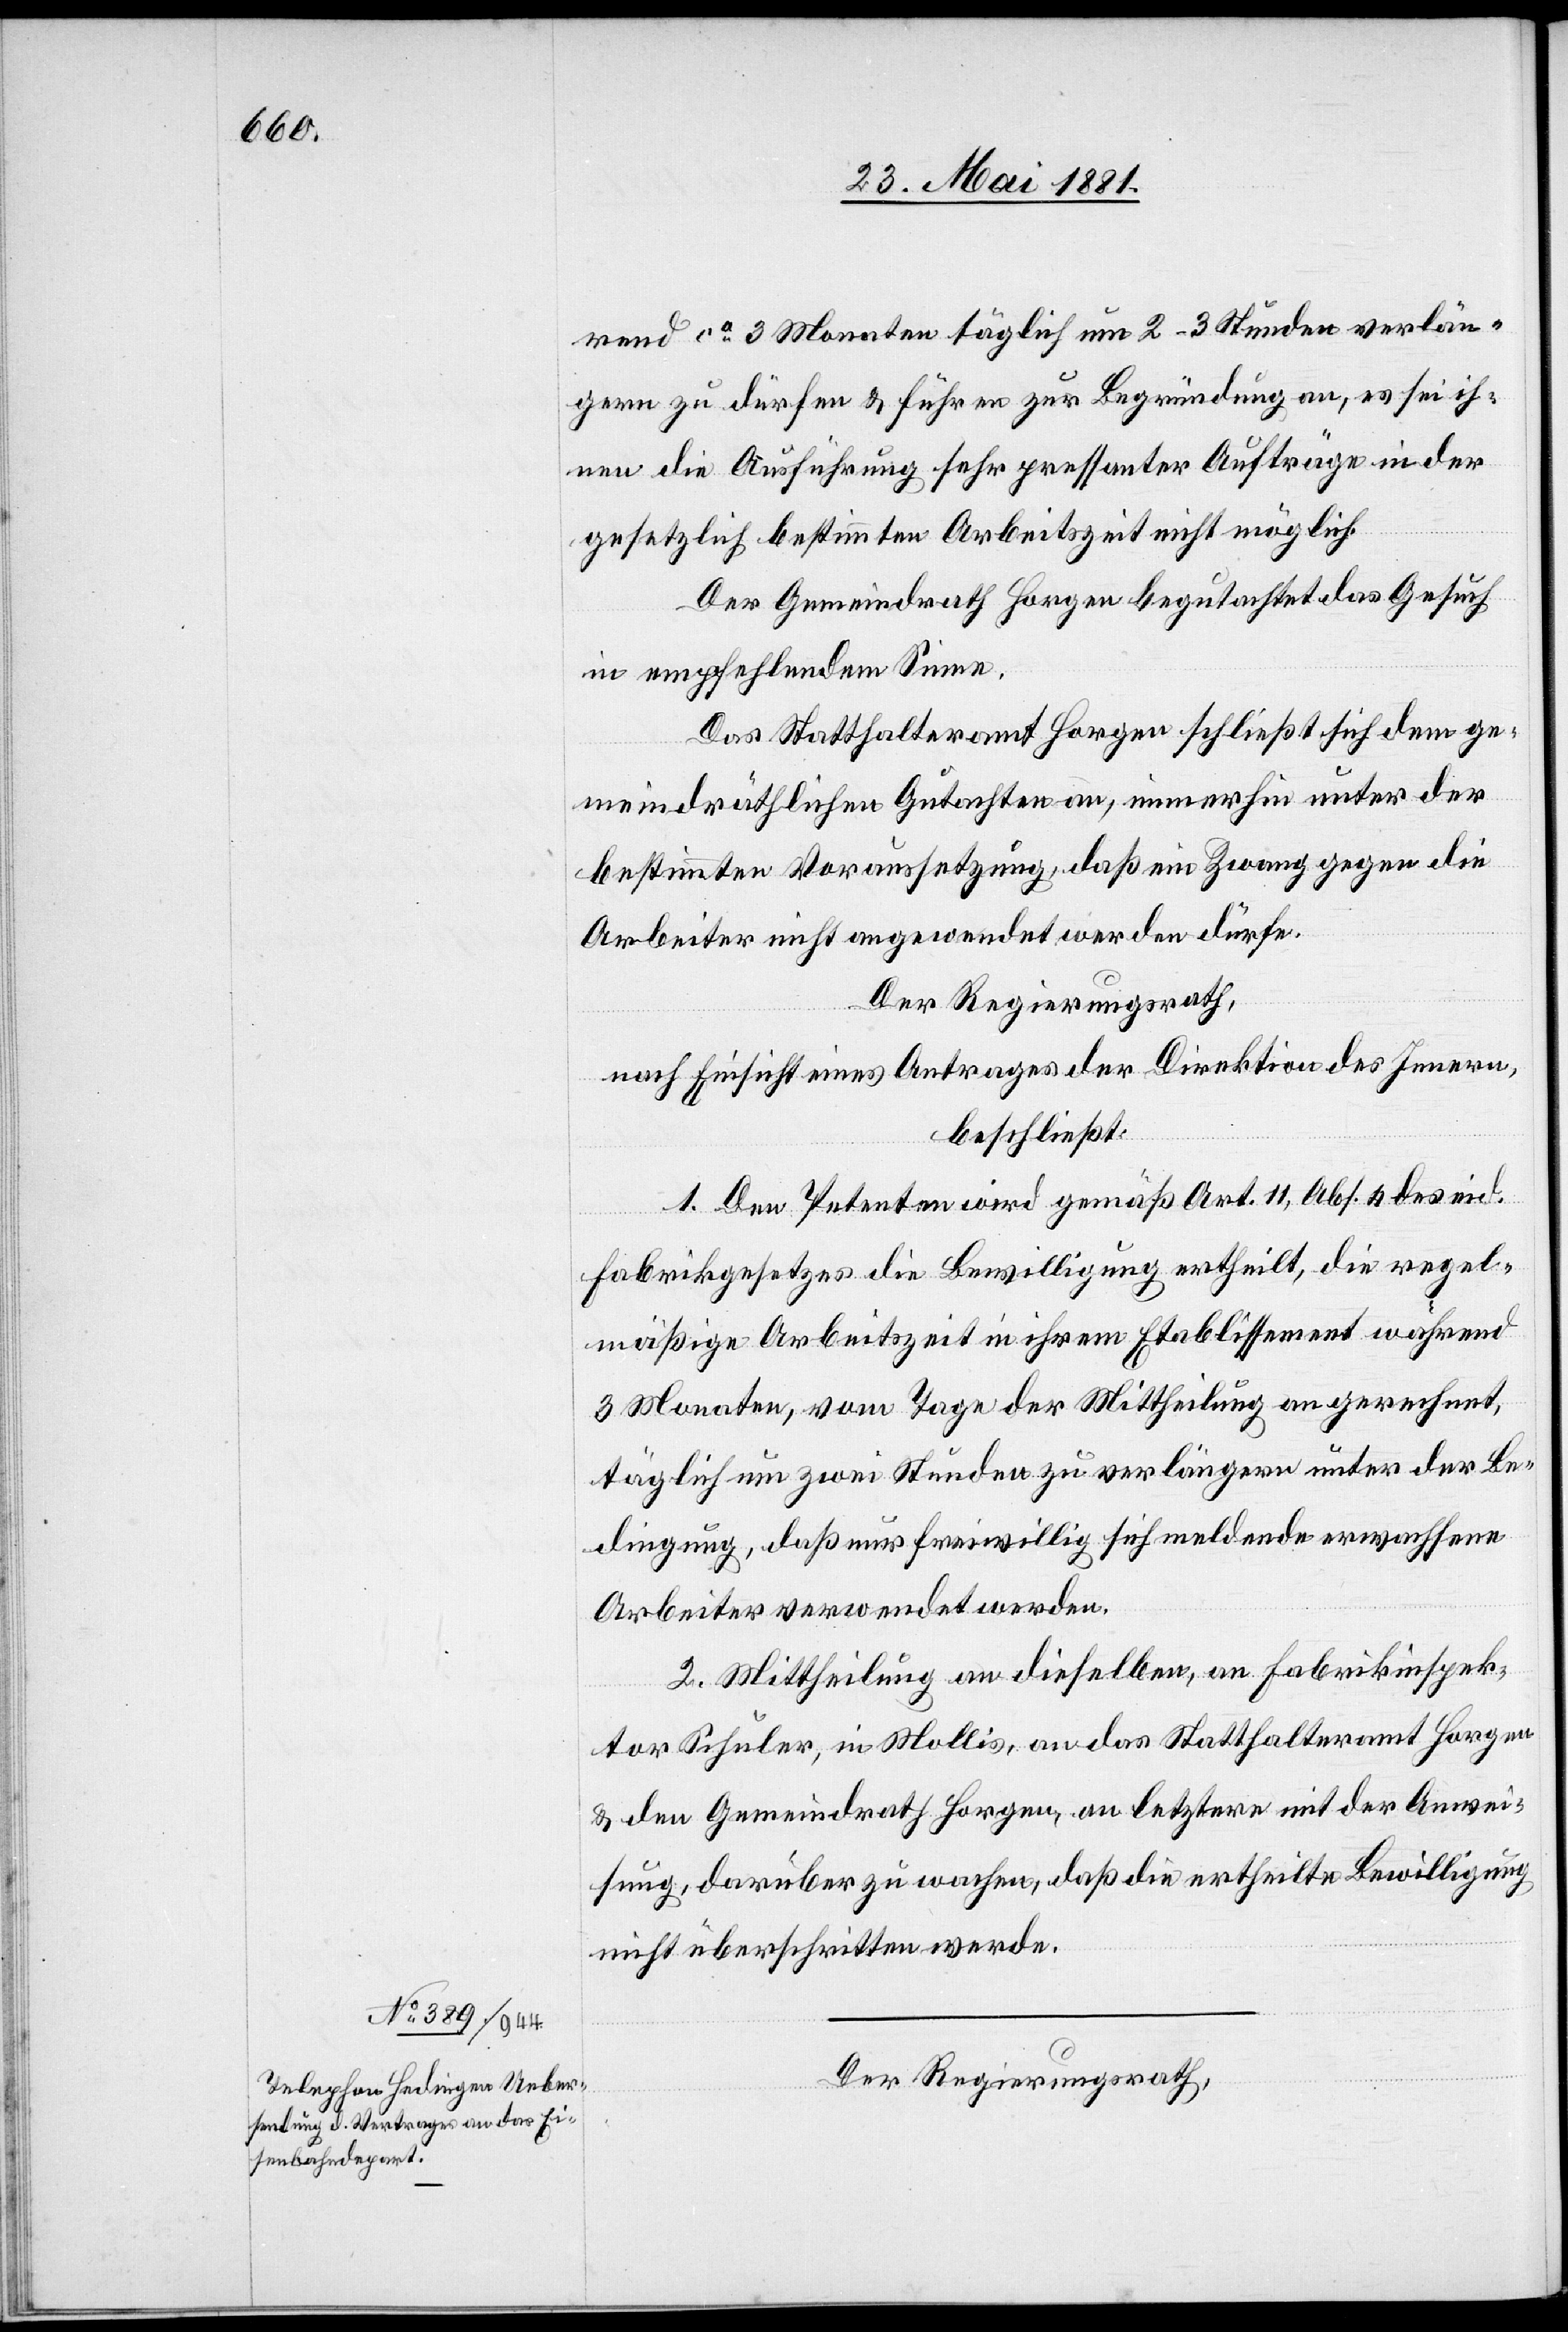
rend ca 3 Monaten täglich um 2–3 Stunden verlän¬
gern zu dürfen & führen zur Begründung an, es sei ih¬
nen die Ausführung sehr pressanter Aufträge in der
gesetzlich bestimmten Arbeitszeit nicht möglich.
Der Gemeindrath Horgen begutachtet das Gesuch
in empfehlendem Sinne.
Das Statthalteramt Horgen schließt sich dem ge¬
meindräthlichen Gutachten an, immerhin unter der
bestimmten Voraussetzung, daß ein Zwang gegen die
Arbeiter nicht angewendet werden dürfe.
Der Regierungsrath,
nach Einsicht eines Antrages der Direktion des Innern,
beschließt:
1. Den Petenten wird gemäß Art. 11, Abs. 4 des eid.
Fabrikgesetzes die Bewilligung ertheilt, die regel¬
mäßige Arbeitszeit in ihrem Etablissement während
3 Monaten, vom Tage der Mittheilung angerechnet,
täglich um zwei Stunden zu verlängern unter der Be¬
dingung, daß nur freiwillig sich meldende erwachsene
Arbeiter verwendet werden.
2. Mittheilung an dieselben, an Fabrikinspek¬
tor Schuler, in Mollis, an das Statthalteramt Horgen
& den Gemeindrath Horgen, an letztere mit der Anwei¬
sung, darüber zu wachen, daß die ertheilte Bewilligung
nicht überschritten werde.
Der Regierungsrath,